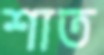
শাত